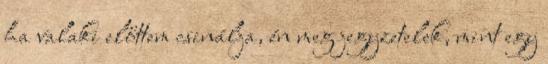
ha valaki előttem csinálja, én meg jegyzetelek, mint egy